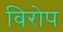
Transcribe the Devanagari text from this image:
विरोप